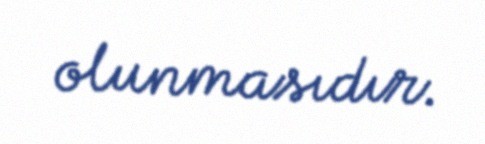
olunmasıdır.